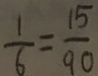
\frac { 1 } { 6 } = \frac { 1 5 } { 9 0 }